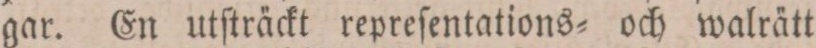
gar. En utſträckt repreſentations= och walrätt